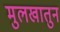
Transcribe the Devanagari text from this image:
मुलखातुन